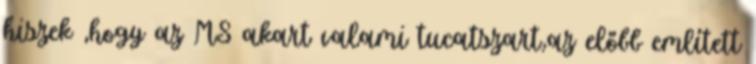
hiszek ,hogy az MS akart valami tucatszart,az előbb említett